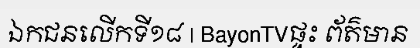
ឯកជនលើកទី១៨ | BayonTVផ្ទះ ព័ត៌មាន